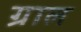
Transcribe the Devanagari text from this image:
ग्राल